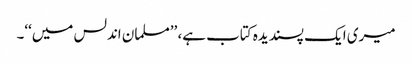
میری ایک پسندیدہ کتاب ہے، ’’مسلمان اندلس میں‘‘۔